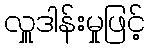
လှူဒါန်းမှုဖြင့်